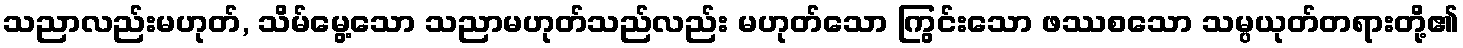
သညာလည်းမဟုတ်, သိမ်မွေ့သော သညာမဟုတ်သည်လည်း မဟုတ်သော ကြွင်းသော ဖဿစသော သမ္ပယုတ်တရားတို့၏